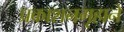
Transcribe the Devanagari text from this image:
प्रकाशनगृहाने